Lunatic asylums Punjab 1881-1894 - 1881-1894
Year: 1881
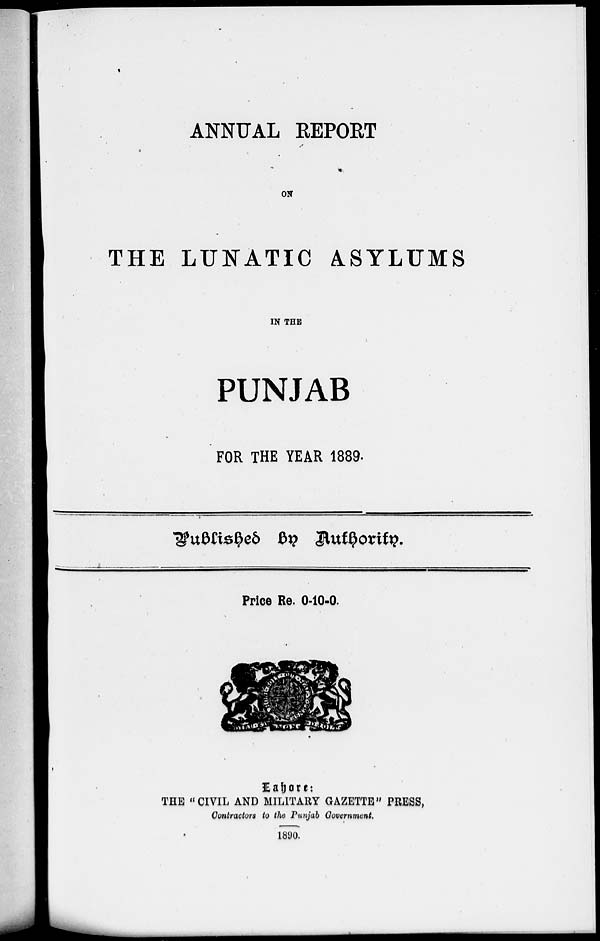
ANNUAL REPORT
ON
THE LUNATIC ASYLUMS
IN THE
PUNJAB
FOR THE YEAR 1889.
Published by Authority.
Price Re. 0-10-0.
Lahore:
THE "CIVIL AND MILITARY GAZETTE" PRESS,
Contractors to the Punjab Government.
1890.